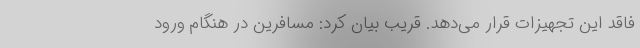
فاقد این تجهیزات قرار می‌دهد. قریب بیان کرد: مسافرین در هنگام ورود